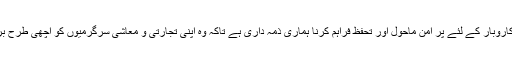
تاجر برادری کو کاروبار کے لئے پُر امن ماحول اور تحفظ فراہم کرنا ہماری ذمہ داری ہے تاکہ وہ اپنی تجارتی و معاشی سرگرمیوں کو اچھی طرح بروئے کارلاسکیں۔